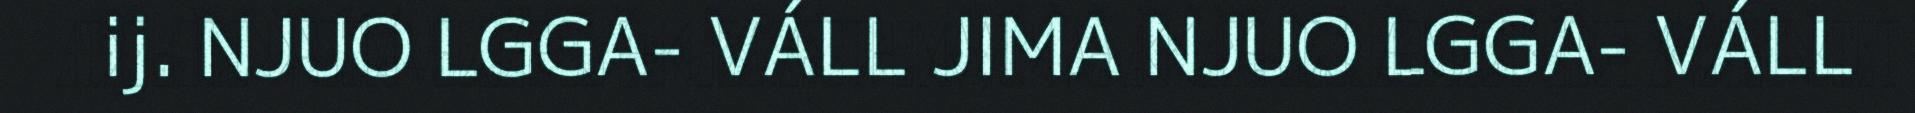
ij. NJUO LGGA- VÁLL JIMA NJUO LGGA- VÁLL